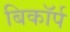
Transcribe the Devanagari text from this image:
बिकॉर्प